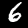
Label: 6